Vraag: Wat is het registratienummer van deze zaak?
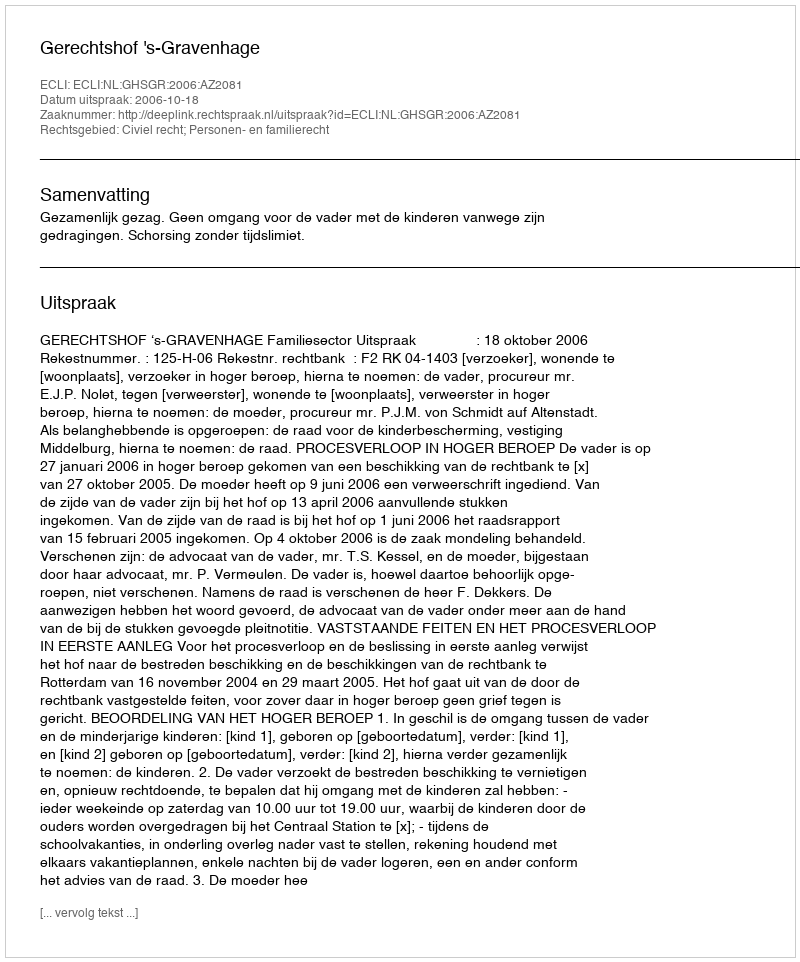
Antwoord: http://deeplink.rechtspraak.nl/uitspraak?id=ECLI:NL:GHSGR:2006:AZ2081